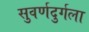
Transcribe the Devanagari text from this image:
सुवर्णदुर्गला